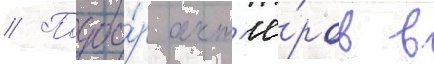
// Подбо́р акт'ё́ров в